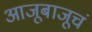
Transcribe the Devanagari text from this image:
आजूबाजूचं